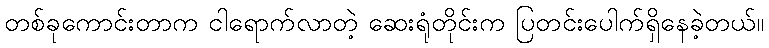
တစ်ခုကောင်းတာက ငါရောက်လာတဲ့ ဆေးရုံတိုင်းက ပြတင်းပေါက်ရှိနေခဲ့တယ်။